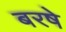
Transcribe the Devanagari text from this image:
बरषे